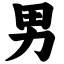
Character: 男